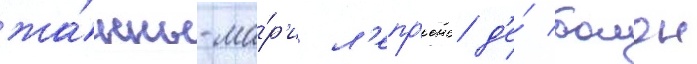
жа́нны-ма́р'и л'епр'енс д'е́ бомон